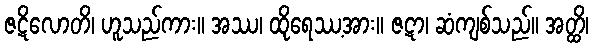
ဇဋိလောတိ၊ ဟူသည်ကား။ အဿ၊ ထိုရေဿ့အား။ ဇဋာ၊ ဆံကျစ်သည်။ အတ္ထိ၊